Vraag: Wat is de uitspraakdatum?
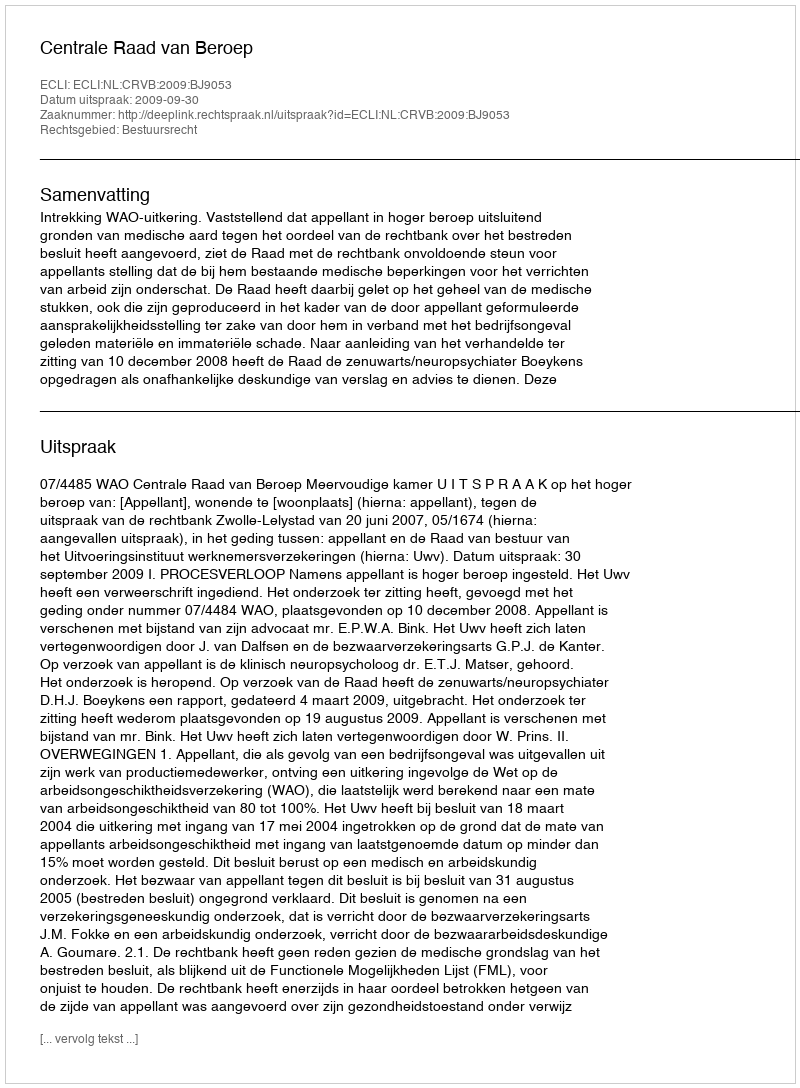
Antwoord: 2009-09-30